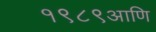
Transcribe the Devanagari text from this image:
१९८९आणि